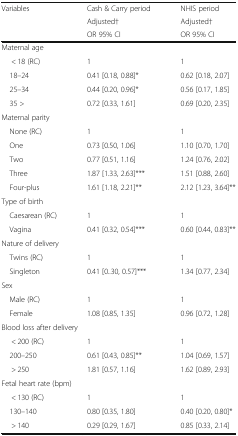
<table><thead><tr><td rowspan="3"><b>Variables</b></td><td><b>Cash &amp; Carry period</b></td><td><b>NHIS period</b></td></tr><tr><td><b>Adjusted†</b></td><td><b>Adjusted†</b></td></tr><tr><td><b>OR 95% CI</b></td><td><b>OR 95% CI</b></td></tr></thead><tbody><tr><td colspan="3">Maternal age</td></tr><tr><td>&lt; 18 (RC)</td><td>1</td><td>1</td></tr><tr><td> 18–24</td><td>0.41 [0.18, 0.88]*</td><td>0.62 [0.18, 2.07]</td></tr><tr><td> 25–34</td><td>0.44 [0.20, 0.96]*</td><td>0.56 [0.17, 1.85]</td></tr><tr><td> 35 &gt;</td><td>0.72 [0.33, 1.61]</td><td>0.69 [0.20, 2.35]</td></tr><tr><td colspan="3">Maternal parity</td></tr><tr><td> None (RC)</td><td>1</td><td>1</td></tr><tr><td> One</td><td>0.73 [0.50, 1.06]</td><td>1.10 [0.70, 1.70]</td></tr><tr><td> Two</td><td>0.77 [0.51, 1.16]</td><td>1.24 [0.76, 2.02]</td></tr><tr><td> Three</td><td>1.87 [1.33, 2.63]***</td><td>1.51 [0.88, 2.60]</td></tr><tr><td> Four-plus</td><td>1.61 [1.18, 2.21]**</td><td>2.12 [1.23, 3.64]**</td></tr><tr><td colspan="3">Type of birth</td></tr><tr><td> Caesarean (RC)</td><td>1</td><td>1</td></tr><tr><td> Vagina</td><td>0.41 [0.32, 0.54]***</td><td>0.60 [0.44, 0.83]**</td></tr><tr><td colspan="3">Nature of delivery</td></tr><tr><td> Twins (RC)</td><td>1</td><td>1</td></tr><tr><td> Singleton</td><td>0.41 [0..30, 0.57]***</td><td>1.34 [0.77, 2.34]</td></tr><tr><td colspan="3">Sex</td></tr><tr><td> Male (RC)</td><td>1</td><td>1</td></tr><tr><td> Female</td><td>1.08 [0.85, 1.35]</td><td>0.96 [0.72, 1.28]</td></tr><tr><td colspan="3">Blood loss after delivery</td></tr><tr><td>&lt; 200 (RC)</td><td>1</td><td>1</td></tr><tr><td> 200–250</td><td>0.61 [0.43, 0.85]**</td><td>1.04 [0.69, 1.57]</td></tr><tr><td>&gt; 250</td><td>1.81 [0.57, 1.16]</td><td>1.62 [0.89, 2.93]</td></tr><tr><td colspan="3">Fetal heart rate (bpm)</td></tr><tr><td>&lt; 130 (RC)</td><td>1</td><td>1</td></tr><tr><td> 130–140</td><td>0.80 [0.35, 1.80]</td><td>0.40 [0.20, 0.80]*</td></tr><tr><td>&gt; 140</td><td>0.29 [0.29, 1.67]</td><td>0.85 [0.33, 2.14]</td></tr></tbody></table>